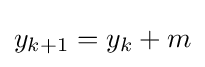
y_{k+1}=y_{k}+m